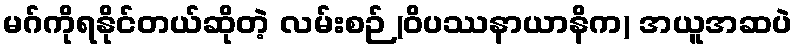
မဂ်ကိုရနိုင်တယ်ဆိုတဲ့ လမ်းစဉ် (ဝိပဿနာယာနိက) အယူအဆပဲ